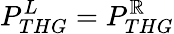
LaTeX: P_{THG}^{L}=P_{THG}^{\mathbb{R}}